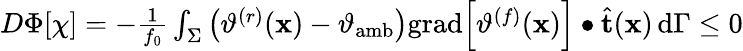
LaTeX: \begin{array}{r}{D\Phi[\chi]=-\frac{1}{f_{0}}\int_{\Sigma}\left(\vartheta^{(r)}(\mathbf{x})-\vartheta_{\mathrm{amb}}\right)\mathrm{grad}\Big[\vartheta^{(f)}(\mathbf{x})\Big]\bullet\widehat{\mathbf{t}}(\mathbf{x})\, \mathrm{d}\Gamma\leq 0}\end{array}